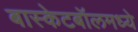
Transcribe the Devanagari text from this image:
बास्केटबॉलमध्ये